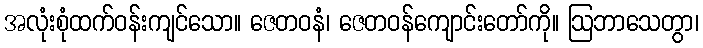
အလုံးစုံထက်ဝန်းကျင်သော။ ဇေတဝနံ၊ ဇေတဝန်ကျောင်းတော်ကို။ ဩဘာသေတွာ၊